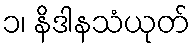
၁၊ နိဒါနသံယုတ်